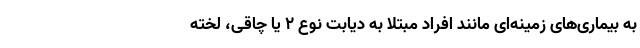
به بیماری‌های زمینه‌ای مانند افراد مبتلا به دیابت نوع ۲ یا چاقی، لخته